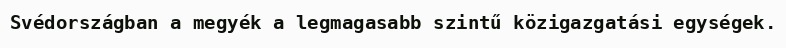
Svédországban a megyék a legmagasabb szintű közigazgatási egységek.